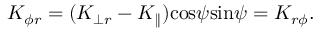
K _ { \phi r } = ( K _ { \perp r } - K _ { \parallel } ) { \cos } \psi { \sin } \psi = K _ { r \phi } .